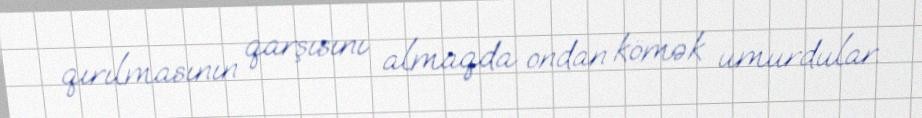
qırılmasının qarşısını almaqda ondan kömək umurdular.